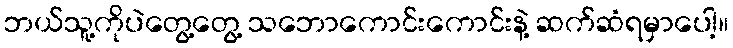
ဘယ်သူ့ကိုပဲတွေ့တွေ့ သဘောကောင်းကောင်းနဲ့ ဆက်ဆံရမှာပေါ့။